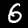
Label: 6